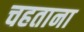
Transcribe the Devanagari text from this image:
चहताना